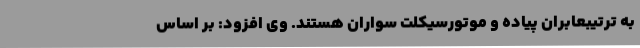
به ترتیبعابران پیاده و موتورسیکلت سواران هستند. وی افزود: بر اساس